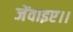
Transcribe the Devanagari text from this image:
जेंवाइए।।